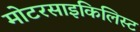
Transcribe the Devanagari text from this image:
मोटरसाइकिलिस्ट